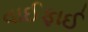
વાઈફાઈ